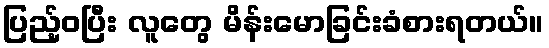
ပြည့်ဝပြီး လူတွေ မိန်းမောခြင်းခံစားရတယ်။